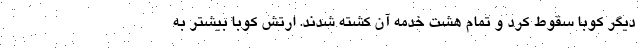
دیگر کوبا سقوط کرد و تمام هشت خدمه آن کشته شدند. ارتش کوبا بیشتر به